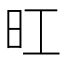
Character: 𪰆